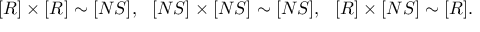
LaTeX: [ R ] \times [ R ] \sim [ N S ] , \ \ [ N S ] \times [ N S ] \sim [ N S ] , \ \ [ R ] \times [ N S ] \sim [ R ] .